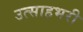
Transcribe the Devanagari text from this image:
उत्साहभरी